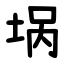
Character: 埚